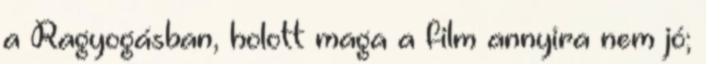
a Ragyogásban, holott maga a film annyira nem jó;